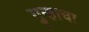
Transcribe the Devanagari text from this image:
गुन्हाचा